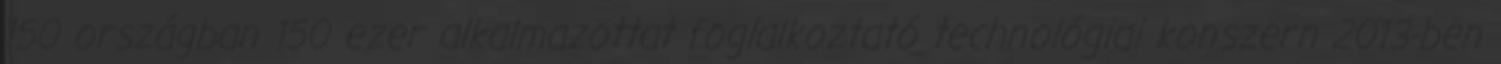
150 országban 150 ezer alkalmazottat foglalkoztató technológiai konszern 2013-ben